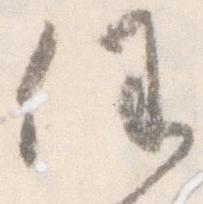
任